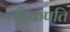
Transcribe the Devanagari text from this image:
दिकपति